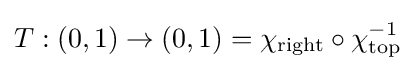
T:(0,1)\rightarrow (0,1)=\chi _{\mathrm {right} }\circ \chi _{\mathrm {top} }^{-1}